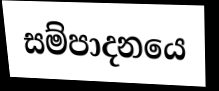
සම්පාදනයෙ